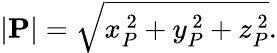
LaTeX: |\mathbf{P}|={\sqrt{x_{P}^{\ 2}+y_{P}^{\ 2}+z_{P}^{\ 2}}}.